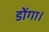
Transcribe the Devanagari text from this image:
डोंगा।